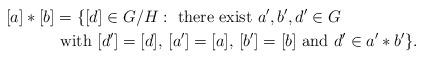
LaTeX: \begin{align*} [a]\ast[b]&=\{[d]\in G/H:\mbox{ there exist }a',b',d'\in G \\ &\mbox{ with }[d']=[d],\,[a']=[a],\,[b']=[b]\mbox{ and }d'\in a'\ast b'\}. \end{align*}